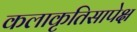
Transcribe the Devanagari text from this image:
कलाकृतिसापेक्ष